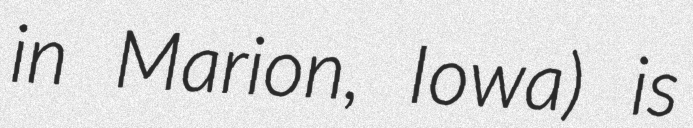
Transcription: in Marion, Iowa) is